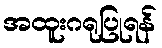
အထူးဂရုပြုရန်